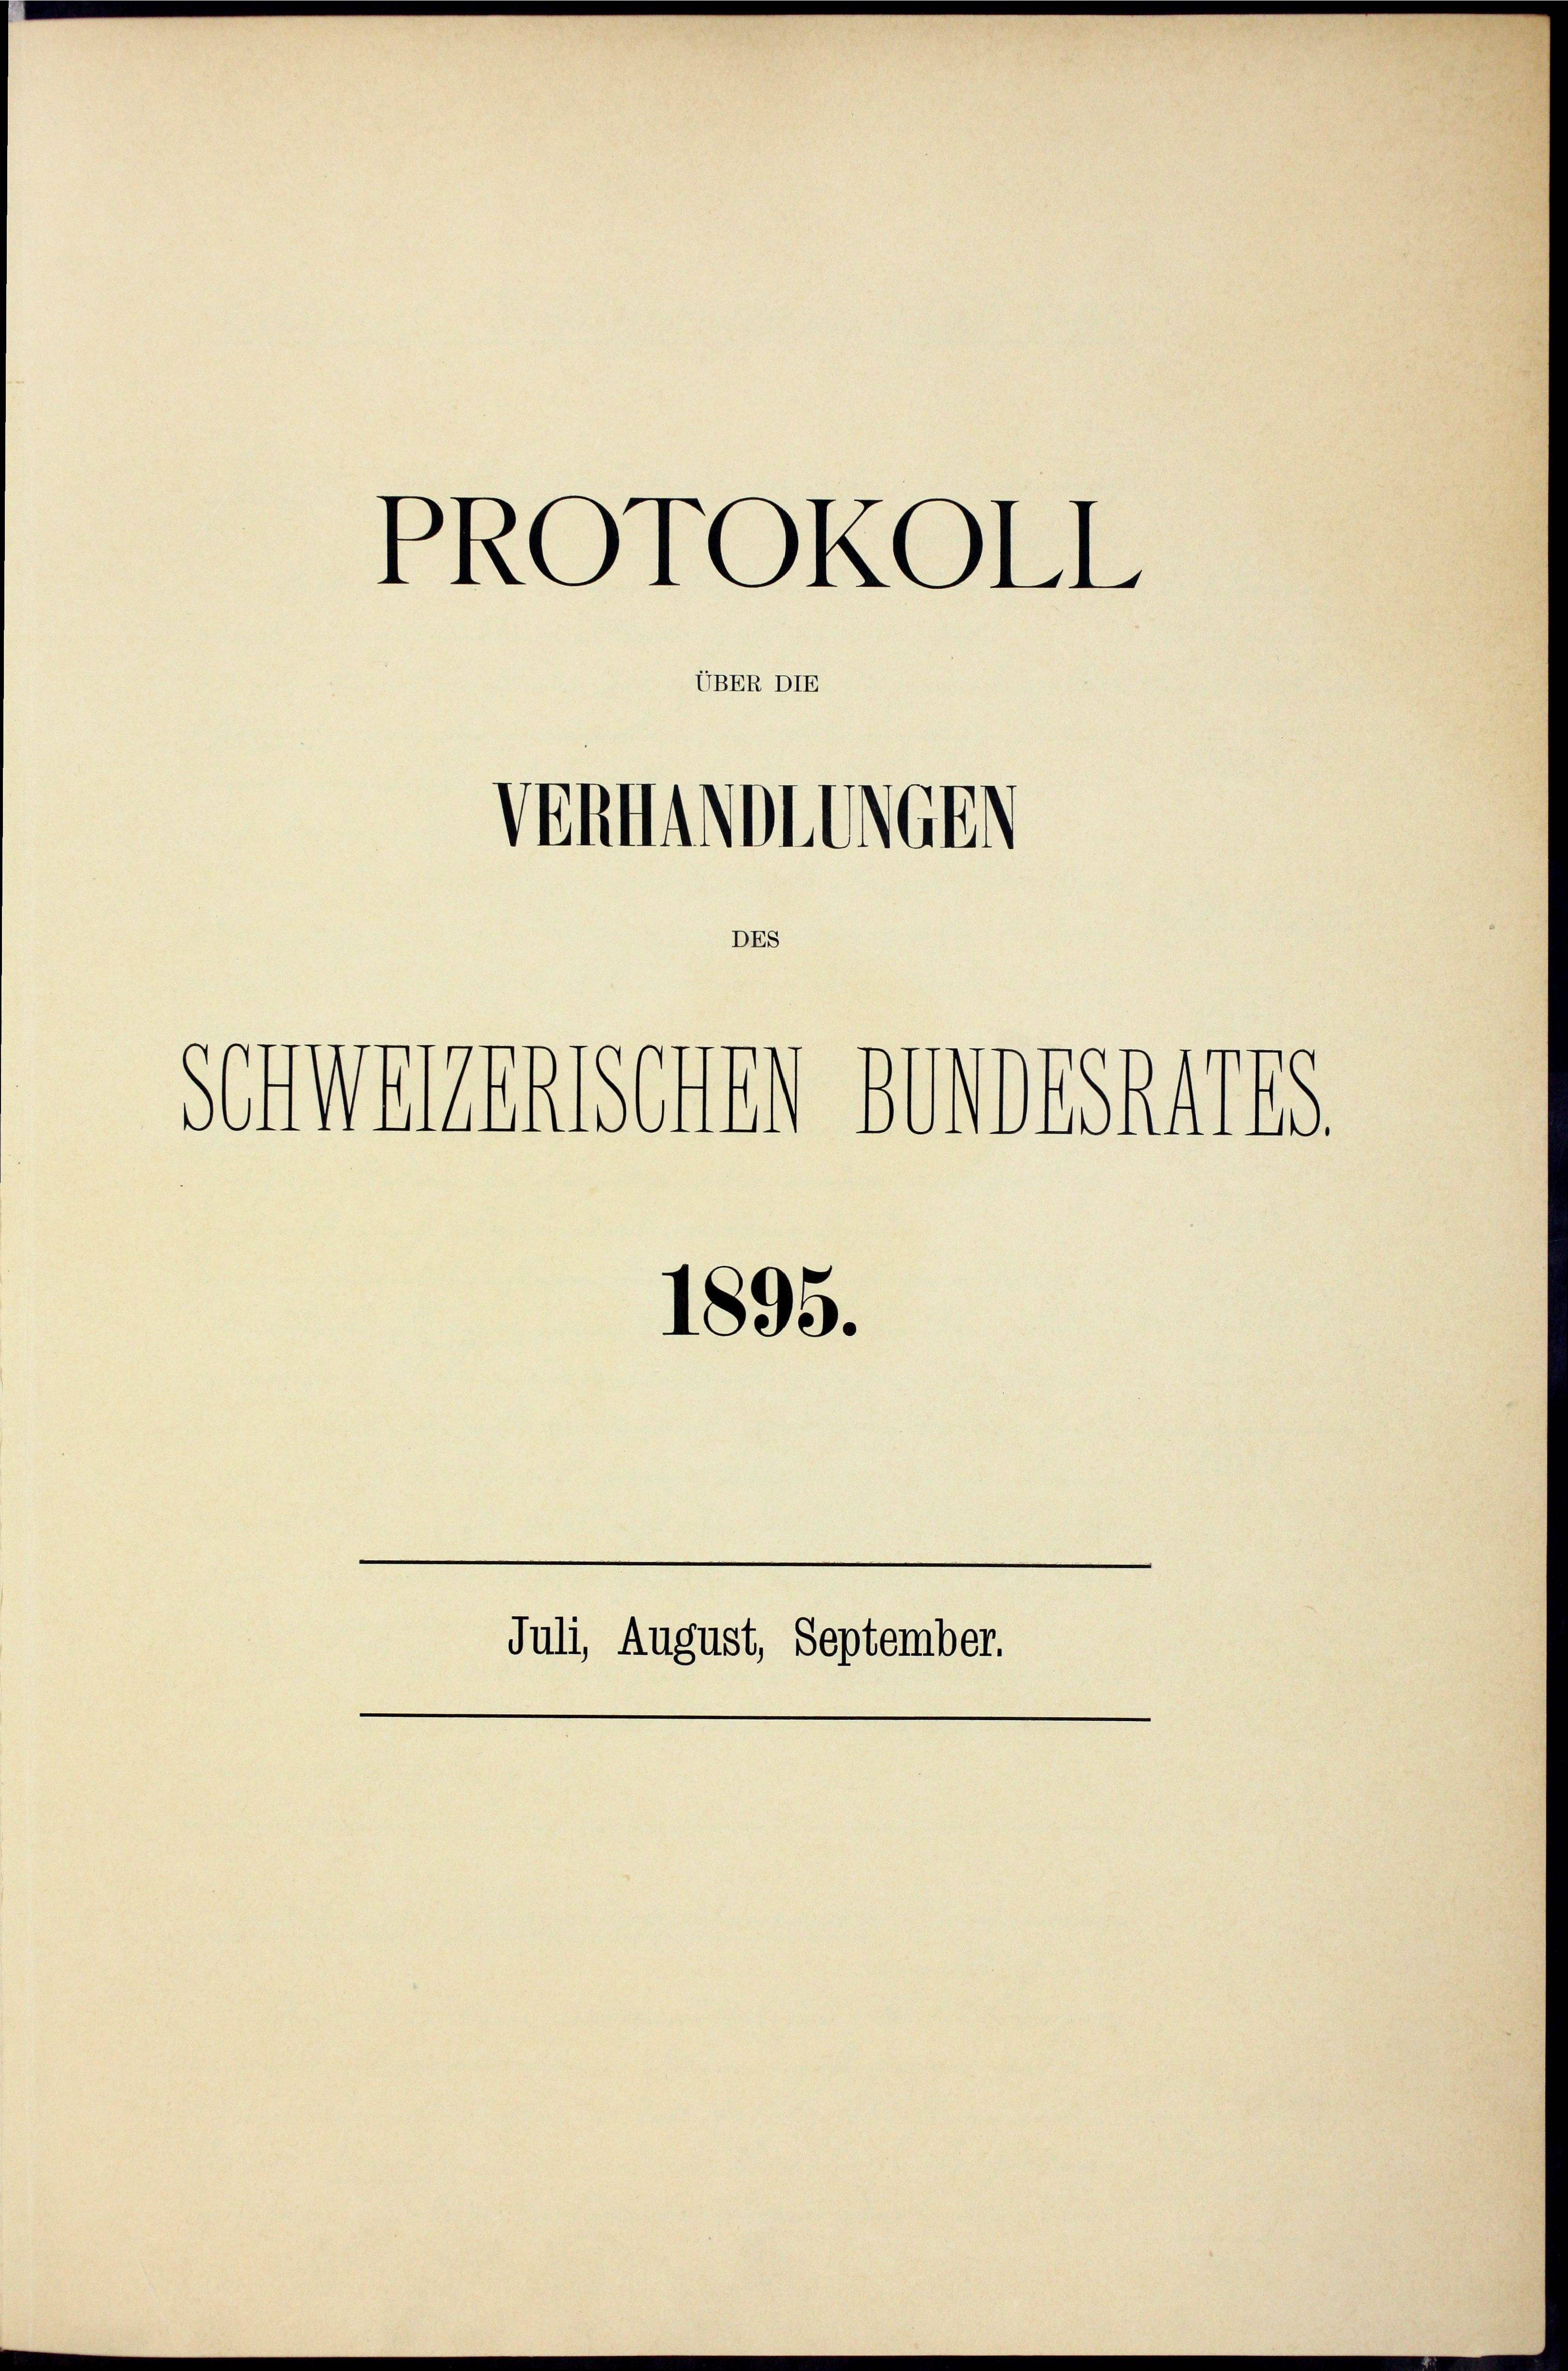
PROTOKOLL
UBER DIE
Vennamtlich

DES

Juli, August, September.

Schwerenischen Bundeshalts.

1895.